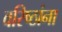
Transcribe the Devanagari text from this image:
वरिष्ठांना